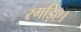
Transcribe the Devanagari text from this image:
रगड़िए।